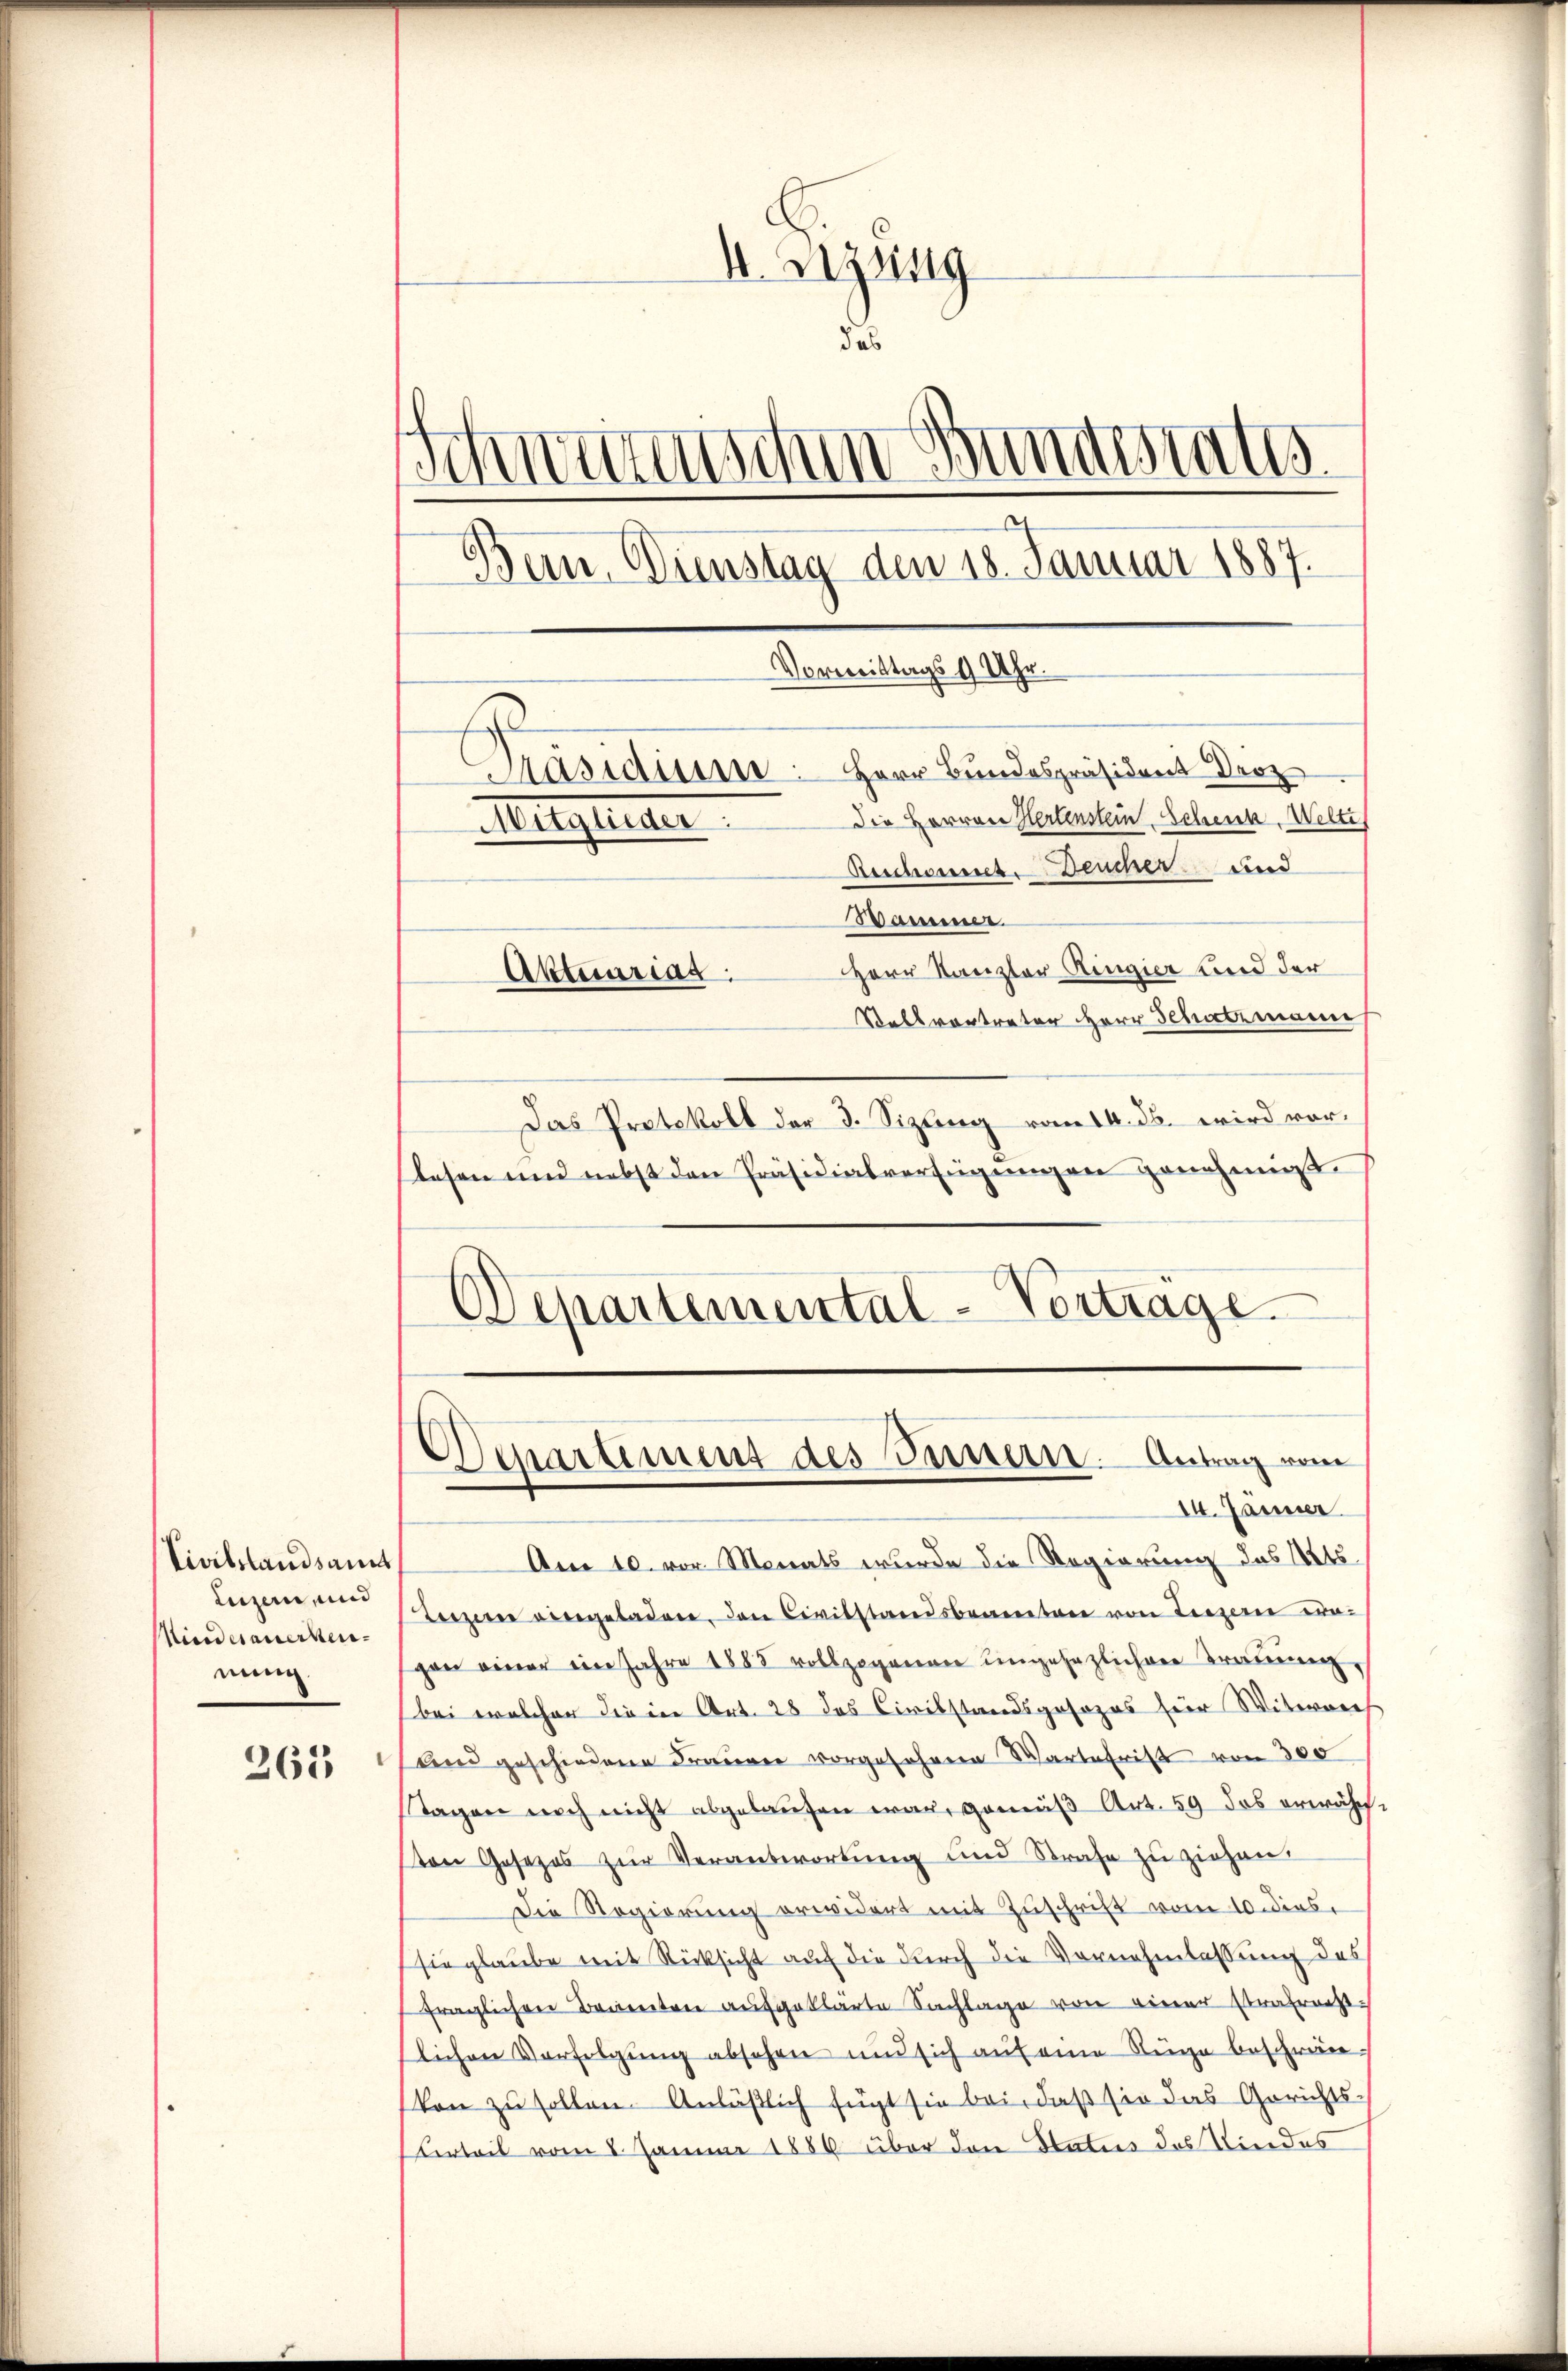
Civilstandsamt
Luzern, und
Mindesauerkennung.
263

I. Segung
das
Schweizerischen Bundestatis
¬
Bern, Dienstag den 18. Januar 1887.
Vormittags 9 Uhr.
Präsidium. Herr Bundespräsident Droz
Die Herren Hertenstein Schenk, Welti
Witglieder:
Aeschosent. Deucher und
Bammer.
Herr Kanzler Ringier und der
Aktuariag
Selsvertreter Herr Schatzmann

Das Protokoll der 3. Sizling vom 14. ds. wird vorslesen und nebst den Präsidialverfügungen genehmigt.
Departemental-Vertrage

Deartement des Innern. Antrag vom
14. Jänner

An 10. vor. Monats wurde die Regierung des 1816.
Leizer vergeladen, den Civilstandsbannentare von Liezerer vo
gen einer ein Jahre 1885 vollzogenen eingesezlichen Traŭŭng,
bei welcher die in Art. 28 das Civilstandsgesezes für Witwerrech
And geschiedene Frauen vorgesehenen Wartefrist von 300
Tagen noch nicht abgelaufen war, gemäß Art. 59 das erwähnton Gesezes zur Verantwortung und Strafe zu ziehen.
Die Regierung erwidert mit Zuschrift vom 10 dies
sie glaube mit Rücksicht auf die durch die Vornehmlassung des
fraglichen Bauerten aufgeklärte Sachlage von einer strafrecht-
lichen Verfolgung absehen und sich auf eine Rüge beschränkon zu sollen. Anläßlich fügt sie bei, daß sie das Gerichts-
Uerteil vom 8. Januar 1886 über den Status des Kindes